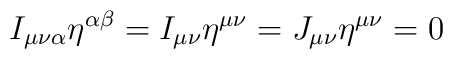
I_{\mu\nu\alpha}\eta^{\alpha\beta} = I_{\mu\nu}\eta^{\mu\nu} =J_{\mu\nu}\eta^{\mu\nu} = 0